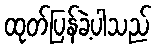
ထုတ်ပြန်ခဲ့ပါသည်